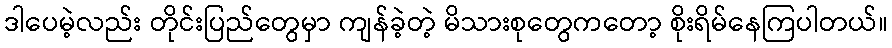
ဒါပေမဲ့လည်း တိုင်းပြည်တွေမှာ ကျန်ခဲ့တဲ့ မိသားစုတွေကတော့ စိုးရိမ်နေကြပါတယ်။